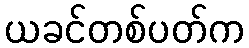
ယခင်တစ်ပတ်က